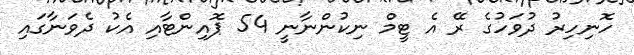
ހޮނިހިރު ދުވަހުގެ ރޭ އެ ޓީމް ނިކުންނާނީ 54 ޕޮއިންޓާއި އެކު ދެވަނާގައި